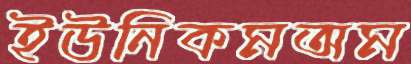
ইউনিকমঅম